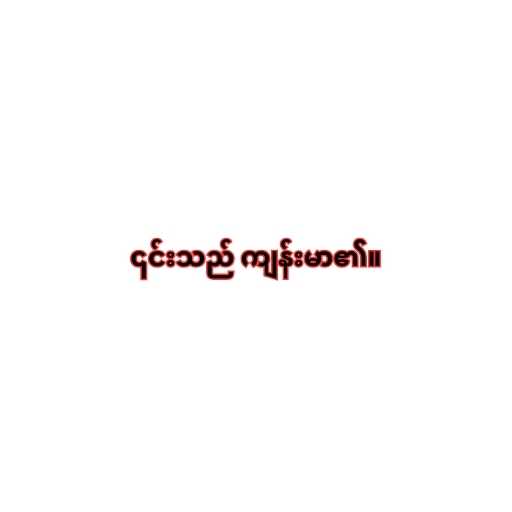
၎င်းသည် ကျန်းမာ၏။